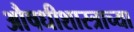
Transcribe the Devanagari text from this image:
औषधीशास्त्राच्या